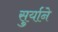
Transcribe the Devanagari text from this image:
सुर्याने